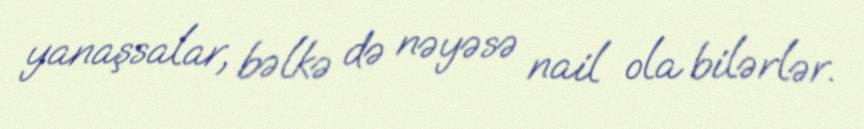
yanaşsalar, bəlkə də nəyəsə nail ola bilərlər.